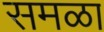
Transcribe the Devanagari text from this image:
समळा